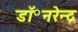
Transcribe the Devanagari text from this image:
डॉ॰नरेन्द्र